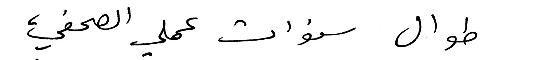
طوال سنوات عملي الصحفي،